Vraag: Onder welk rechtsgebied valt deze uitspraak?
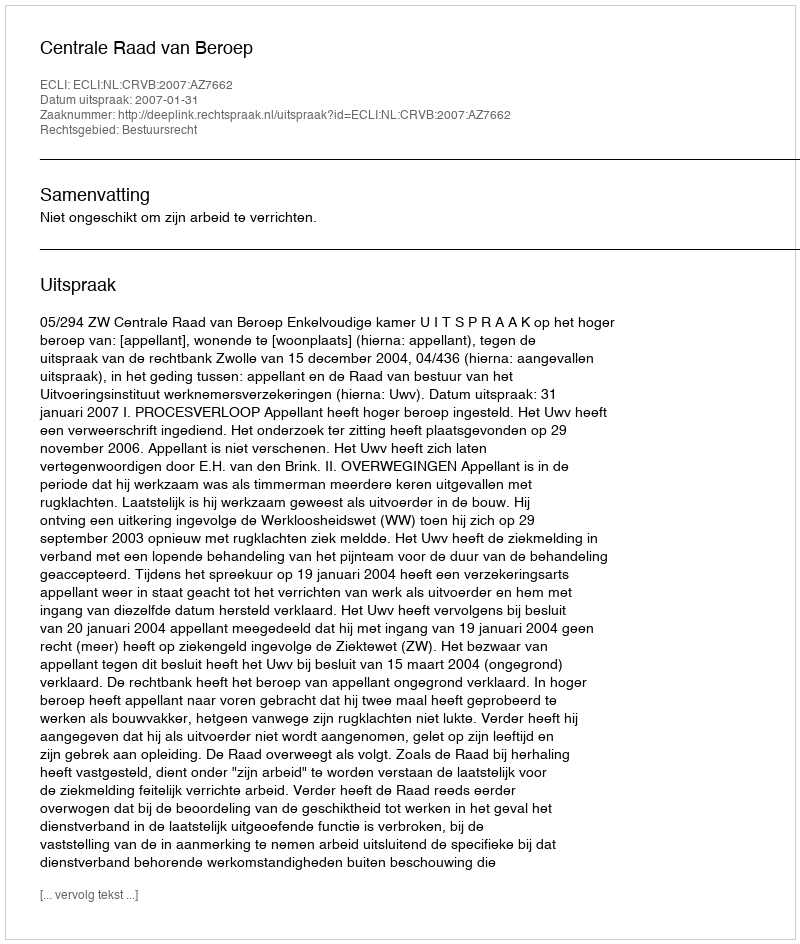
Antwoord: Bestuursrecht